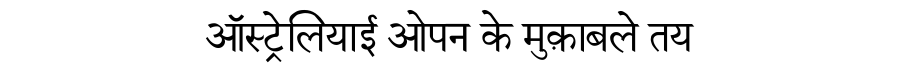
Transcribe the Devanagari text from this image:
ऑस्ट्रेलियाई ओपन के मुक़ाबले तय